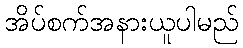
အိပ်စက်အနားယူပါမည်